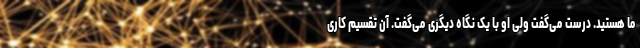
ما هستید. درست می‌گفت ولی او با یک نگاه دیگری می‌گفت. آن تقسیم کاری